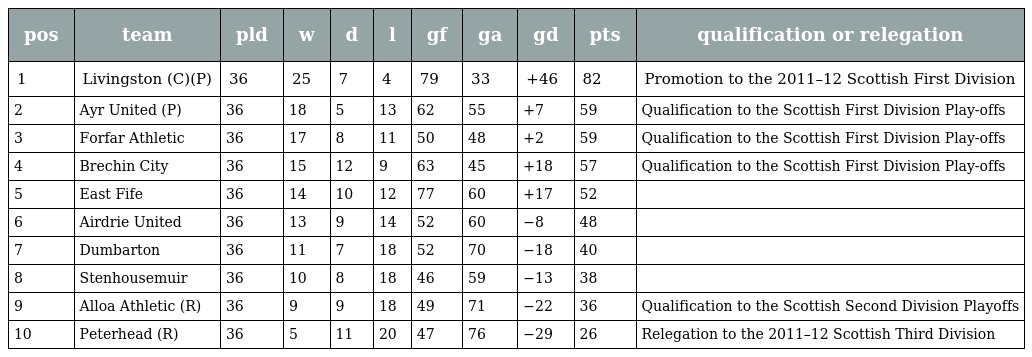
| pos | team | pld | w | d | l | gf | ga | gd | pts | qualification or relegation |
 | --- | --- | --- | --- | --- | --- | --- | --- | --- | --- | --- |
 | 1 | Livingston (C)(P) | 36 | 25 | 7 | 4 | 79 | 33 | +46 | 82 | Promotion to the 2011–12 Scottish First Division |
 | 2 | Ayr United (P) | 36 | 18 | 5 | 13 | 62 | 55 | +7 | 59 | Qualification to the Scottish First Division Play-offs |
 | 3 | Forfar Athletic | 36 | 17 | 8 | 11 | 50 | 48 | +2 | 59 | Qualification to the Scottish First Division Play-offs |
 | 4 | Brechin City | 36 | 15 | 12 | 9 | 63 | 45 | +18 | 57 | Qualification to the Scottish First Division Play-offs |
 | 5 | East Fife | 36 | 14 | 10 | 12 | 77 | 60 | +17 | 52 |  |
 | 6 | Airdrie United | 36 | 13 | 9 | 14 | 52 | 60 | −8 | 48 |  |
 | 7 | Dumbarton | 36 | 11 | 7 | 18 | 52 | 70 | −18 | 40 |  |
 | 8 | Stenhousemuir | 36 | 10 | 8 | 18 | 46 | 59 | −13 | 38 |  |
 | 9 | Alloa Athletic (R) | 36 | 9 | 9 | 18 | 49 | 71 | −22 | 36 | Qualification to the Scottish Second Division Playoffs |
 | 10 | Peterhead (R) | 36 | 5 | 11 | 20 | 47 | 76 | −29 | 26 | Relegation to the 2011–12 Scottish Third Division |